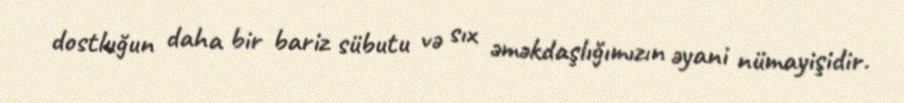
dostluğun daha bir bariz sübutu və sıx əməkdaşlığımızın əyani nümayişidir.